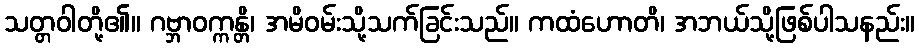
သတ္တဝါတို့၏။ ဂဗ္ဘာဝက္ကန္တိ၊ အမိဝမ်းသို့သက်ခြင်းသည်။ ကထံဟောတိ၊ အဘယ်သို့ဖြစ်ပါသနည်း။